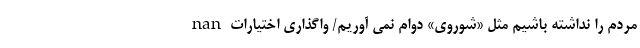
nan مردم را نداشته باشیم مثل «شوروی» دوام نمی آوریم/ واگذاری اختیاراتِ